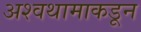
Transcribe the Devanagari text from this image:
अश्वथामाकडून